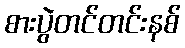
စားပွဲတင်တင်းနစ်